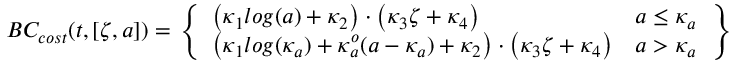
B C _ { c o s t } ( t , [ \zeta , a ] ) = \left. \left\{ \begin{array} { l l } { \big ( \kappa _ { 1 } l o g ( a ) + \kappa _ { 2 } \big ) \cdot \big ( \kappa _ { 3 } \zeta + \kappa _ { 4 } \big ) } & { a \leq \kappa _ { a } } \\ { \big ( \kappa _ { 1 } l o g ( \kappa _ { a } ) + \kappa _ { a } ^ { o } ( a - \kappa _ { a } ) + \kappa _ { 2 } \big ) \cdot \big ( \kappa _ { 3 } \zeta + \kappa _ { 4 } \big ) } & { a > \kappa _ { a } } \end{array} \right. \right\}